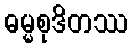
ဓမ္မစုဒိတဿ